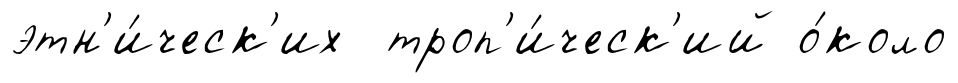
этн'и́ческ'их троп'и́ческ'ий о́коло